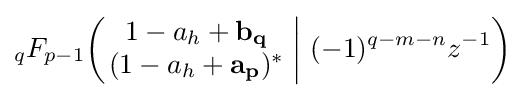
_{q}F_{p-1}\!\left(\left.{\begin{matrix}1-a_{h}+\mathbf {b_{q}} \\(1-a_{h}+\mathbf {a_{p}} )^{*}\end{matrix}}\;\right|\,(-1)^{q-m-n}z^{-1}\right)